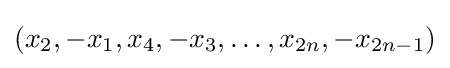
(x_{2},-x_{1},x_{4},-x_{3},\dots ,x_{2n},-x_{2n-1})